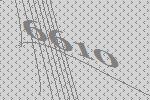
6610